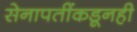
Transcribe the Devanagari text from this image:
सेनापतींकडूनही